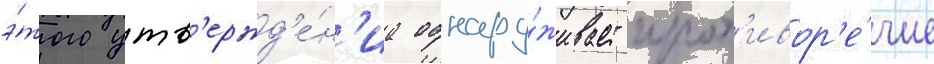
э́того утв'ержд'е́н'иа обнару́живает прот'ивор'е́чие